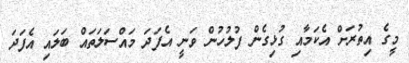
މީގެ އިތުރަށް އެކަމާއި ގުޅިގެން ފުލުހުން ވަނީ އެފަދަ މައްސަލަތައް ބަލައި އެފަދަ